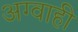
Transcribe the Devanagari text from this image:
अग्वाही